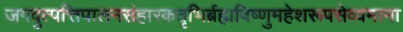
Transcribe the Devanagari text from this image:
जगदुत्पत्तिपालनसंहारकतृभिर्ब्रह्मविष्णुमहेशरूपसेव्यमाना